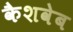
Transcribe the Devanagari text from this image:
कैशवेब